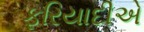
ફરિયાદીએ